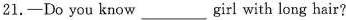
21.-Do you know ___ girl with long hair?